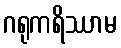
ဂရုကရိဿာမ